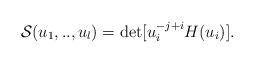
LaTeX: \begin{align*}\mathcal S(u_1,.., u_l)= \det [ u_i^{-j+i} H(u_i)]. \end{align*}